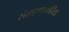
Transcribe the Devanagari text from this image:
संग्रहणाकरिता